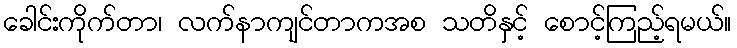
ခေါင်းကိုက်တာ၊ လက်နာကျင်တာကအစ သတိနှင့် စောင့်ကြည့်ရမယ်။